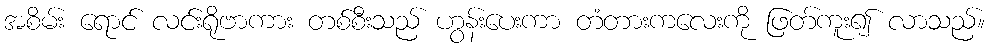
အစိမ်း ရောင် လင်းရိုဗာကား တစ်စီးသည် ဟွန်းပေးကာ တံတားကလေးကို ဖြတ်ကူး၍ လာသည်။